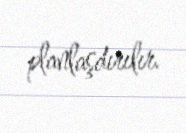
planlaşdırılır.